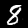
Digit: 8